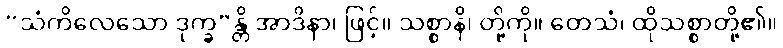
“သံကိလေသော ဒုက္ခ”န္တိ အာဒိနာ၊ ဖြင့်။ သစ္စာနိ၊ တို့ကို။ တေသံ၊ ထိုသစ္စာတို့၏။